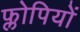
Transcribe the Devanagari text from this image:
फ्लोपियों